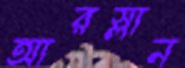
আরস্লান